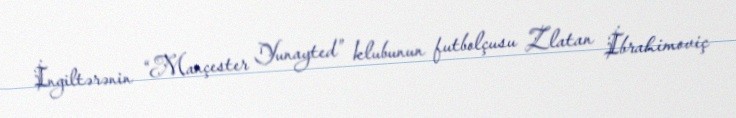
İngiltərənin “Mançester Yunayted” klubunun futbolçusu Zlatan İbrahimoviç